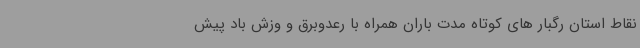
نقاط استان رگبار های کوتاه مدت باران همراه با رعدوبرق و وزش باد پیش